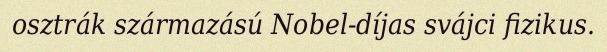
osztrák származású Nobel-díjas svájci fizikus.